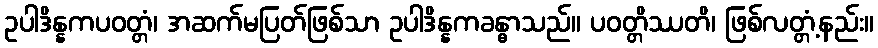
ဥပါဒိန္နကပဝတ္တံ၊ အဆက်မပြတ်ဖြစ်သာ ဥပါဒိန္နကခန္ဓာသည်။ ပဝတ္တိဿတိ၊ ဖြစ်လတ္တံ့နည်း။